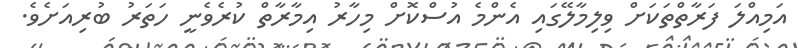
އަމިއްލަ ފަރާތްތަކަށް ވިލިމާލޭގައި އެންމެ އުސްކޮށް މިހާރު އިމާރާތް ކުރެވެނީ ހަތަރު ބުރިއަށެވެ.